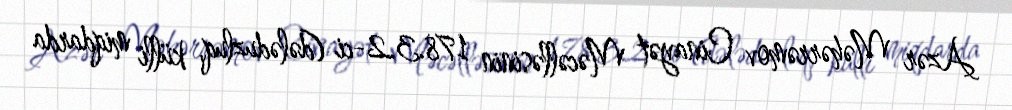
Azər Məhərrəmov Cinayət Məcəlləsinin 178.3.2-ci (dələduzluq, külli miqdarda